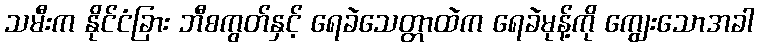
သမီးက နိုင်ငံခြား ဘီစကွတ်နှင့် ရေခဲသေတ္တာထဲက ရေခဲမုန့်ကို ကျွေးသောအခါ